Indian journal of veterinary science and animal husbandry - Volume 11,
Year: 1941
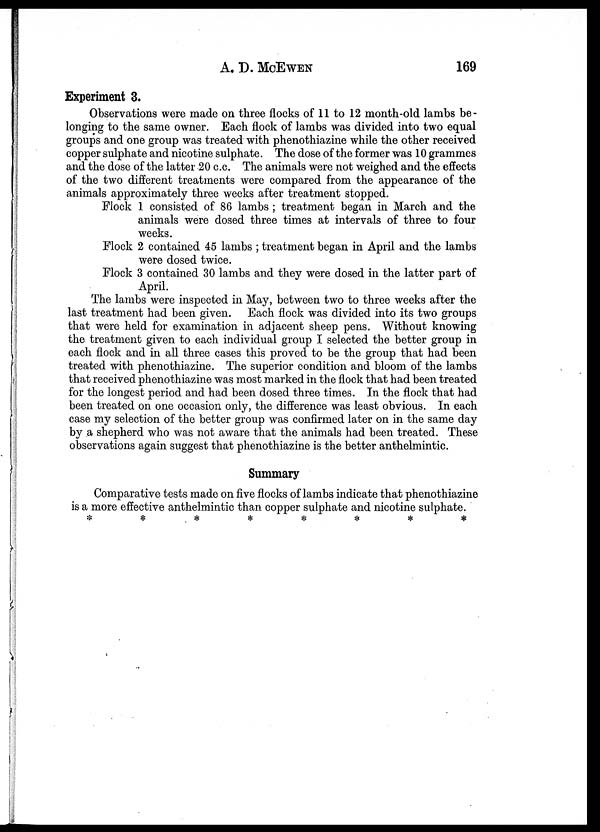
A. D.
MCEWEN
169
Experiment 3.
Observations were made on three flocks of 11 to 12 month-old lambs be-
longing to the same owner. Each flock of lambs was divided into two equal
groups and one group was treated with phenothiazine while the other received
copper sulphate and nicotine sulphate. The dose of the former was 10 grammes
and the dose of the latter 20 c.c. The animals were not weighed and the effects
of the two different treatments were compared from the appearance of the
animals approximately three weeks after treatment stopped.
Flock 1 consisted of 86 lambs ; treatment began in March and the
animals were dosed three times at intervals of three to four
weeks.
Flock 2 contained 45 lambs ; treatment began in April and the lambs
were dosed twice.
Flock 3 contained 30 lambs and they were dosed in the latter part of
April.
The lambs were inspected in May, between two to three weeks after the
last treatment had been given. Each flock was divided into its two groups
that were held for examination in adjacent sheep pens. Without knowing
the treatment given to each individual group I selected the better group in
each flock and in all three cases this proved to be the group that had been
treated with phenothiazine. The superior condition and bloom of the lambs
that received phenothiazine was most marked in the flock that had been treated
for the longest period and had been dosed three times. In the flock that had
been treated on one occasion only, the difference was least obvious. In each
case my selection of the better group was confirmed later on in the same day
by a shepherd who was not aware that the animals had been treated. These
observations again suggest that phenothiazine is the better anthelmintic.
Summary
Comparative tests made on five flocks of lambs indicate that phenothiazine
is a more effective anthelmintic than copper sulphate and nicotine sulphate.
* * * * * * * *